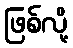
ဖြစ်လို့